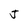
Character: J